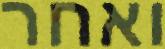
ואחר